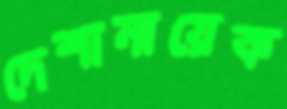
দেশানায়েক